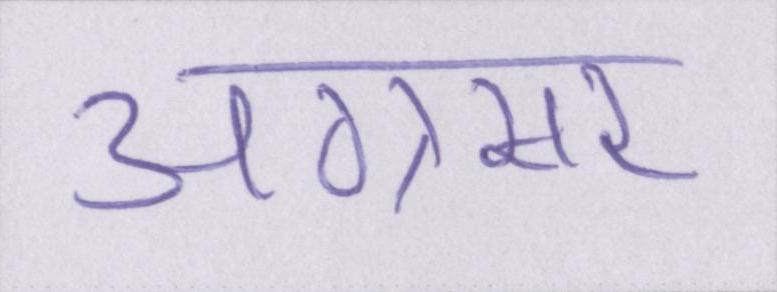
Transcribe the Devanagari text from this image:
अग्रसर